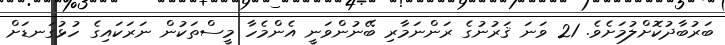
ބަރުބާދުކޮށްލުމަށެވެ. 21 ވަނަ ޤަރުނުގެ ރަންނަމާރި ބޭނުންވަނީ އެންމެހާ މީސްތަކުން ނަރަކައިގެ ހުޅުގަނޑަށް